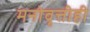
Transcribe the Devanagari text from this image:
मनोवृत्तीही